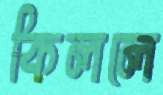
কিললে